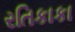
રતિકાકા